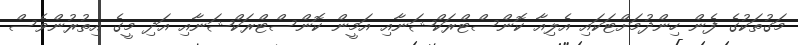
މަގުތަކުގެ ފެން ހިންދުމަށްޓަކައި އެލިއާ ކޮންސްޓްރަކްޝަނާއި އަމީން ކޮންސްޓްރަކްޝަނާއި އަދި މީގެ އިތުރުންވެސް